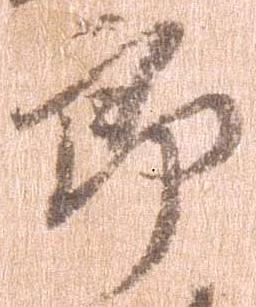
郎